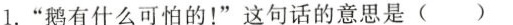
1.”鹅有什么可怕的！”这句话的意思是()